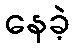
နေခဲ့